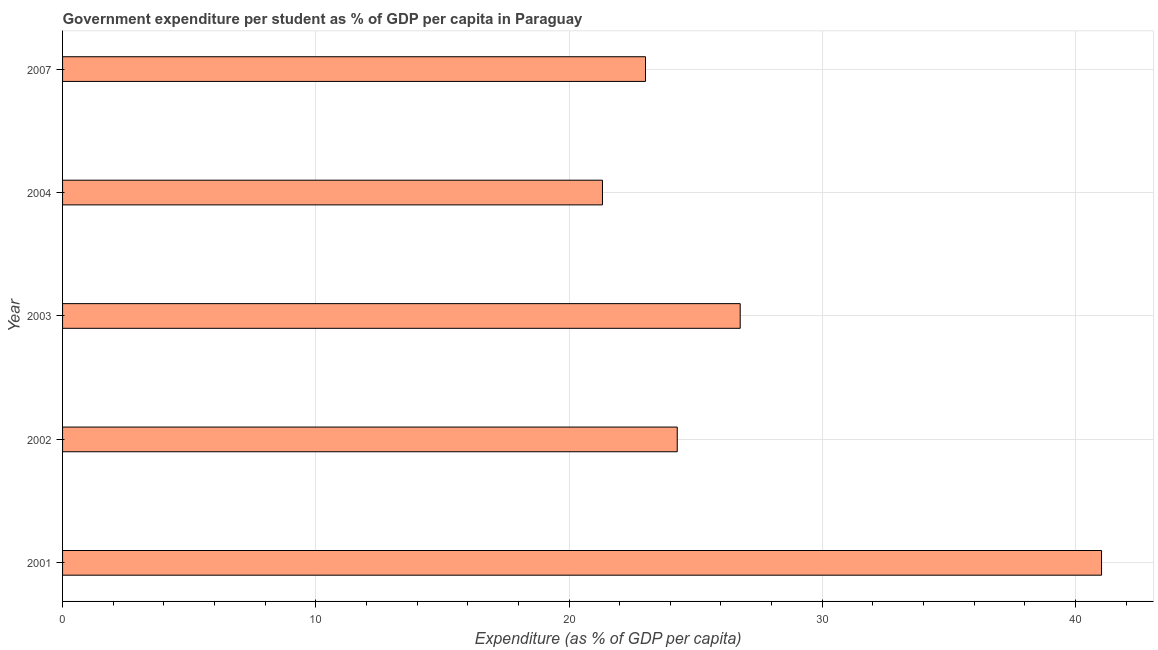
| Year | Government expenditure per tertiary student |
 | --- | --- |
 | 2001 | 41 |
 | 2002 | 24.3 |
 | 2003 | 26.8 |
 | 2004 | 21.3 |
 | 2007 | 23 |